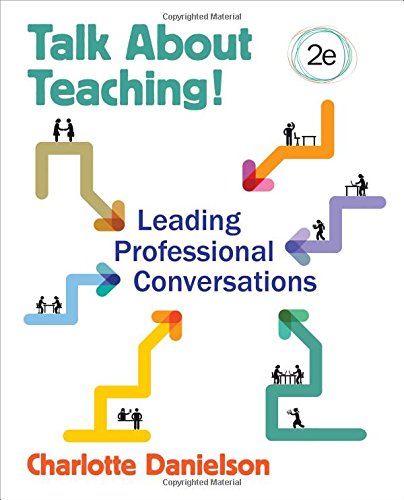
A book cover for Talk About Teaching!: Leading Professional Conversations; Charlotte F. Danielson; Education & Teaching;